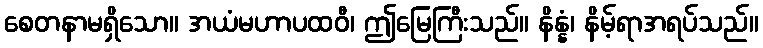
စေတနာမရှိသော။ အယံမဟာပထဝီ၊ ဤမြေကြီးသည်။ နိန္နံ၊ နိမ့်ရာအရပ်သည်။